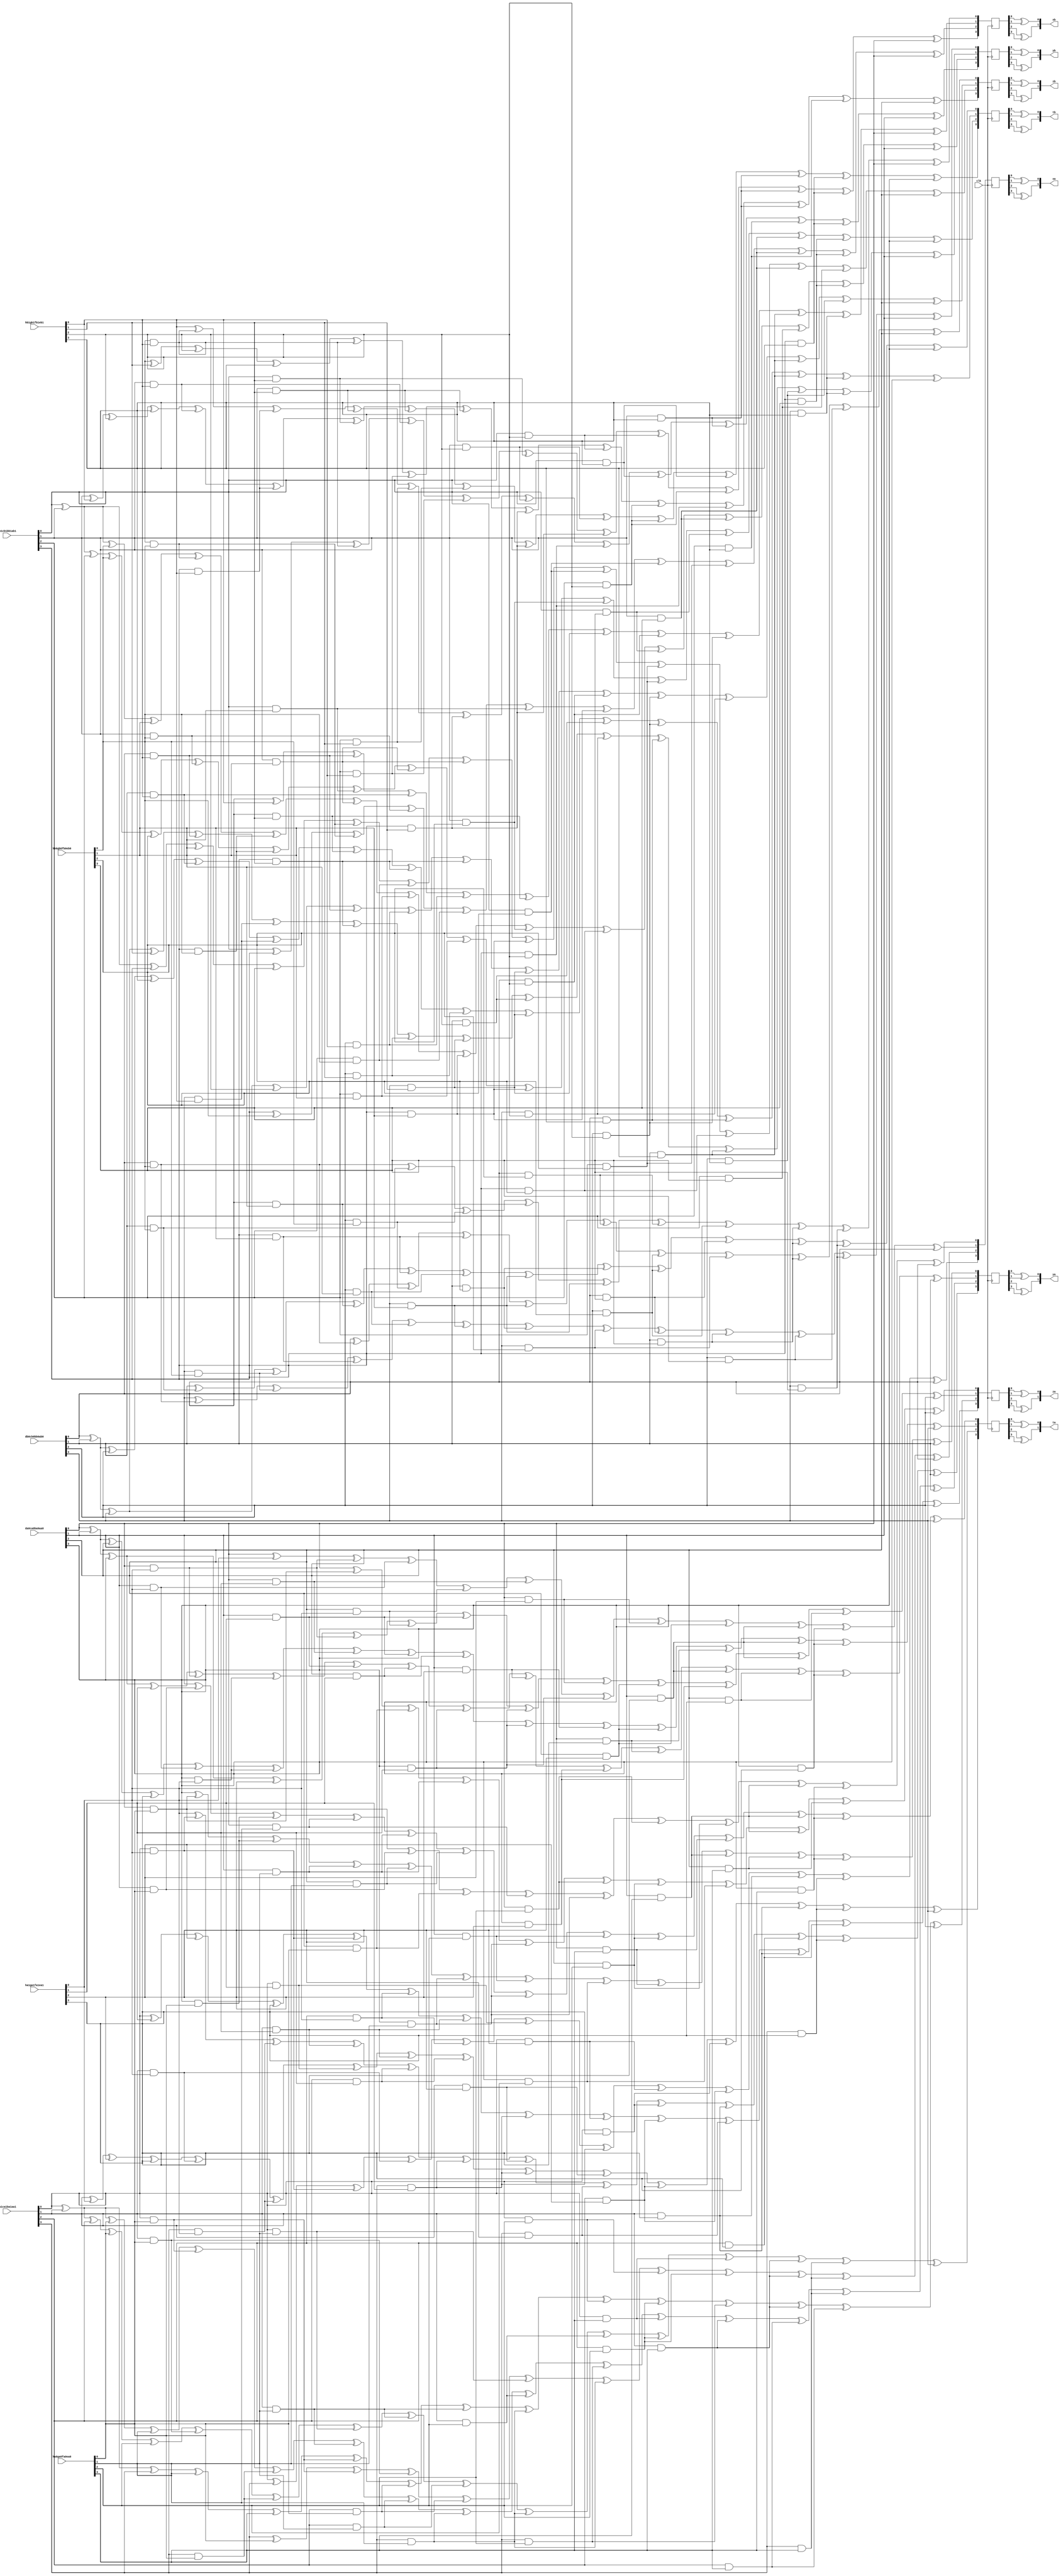
`timescale 1ns / 1ps
//////////////////////////////////////////////////////////////////////////////////
// Company: 
// Engineer: 
// 
// Design Name: 
// Module Name:    GF16MulXorSqSc_Unit 
// Project Name: 
// Target Devices: 
// Tool versions: 
// Description: 
//
// Dependencies: 
//
// Revision: 
// Revision 0.01 - File Created
// Additional Comments: 
//
//////////////////////////////////////////////////////////////////////////////////
module GF16MulXorSqSc_Unit(
	input				clk,
	
	// SboxA;
	input	[03:00]		ha0ga0fa0ea0,
	input	[03:00]		ha1ga1fa1ea1,
	
	input	[03:00]		da0ca0ba0aa0,
	input	[03:00]		da1ca1ba1aa1,
	
	output	[01:00]		xa,
	output	[01:00]		ya,
	output	[01:00]		za,
	output	[01:00]		ta,
	
	// SboxB;
	input	[03:00]		hb0gb0fb0eb0,
	input	[03:00]		hb1gb1fb1eb1,
	
	input	[03:00]		db0cb0bb0ab0,
	input	[03:00]		db1cb1bb1ab1,
	
	output	[01:00]		xb,
	output	[01:00]		yb,
	output	[01:00]		zb,
	output	[01:00]		tb
    );
	
	//// intermediate;
	// SboxA;
	wire				ha0, ha1;
	wire				ga0, ga1;
	wire				fa0, fa1;
	wire				ea0, ea1;
	
	wire				da0, da1;
	wire				ca0, ca1;
	wire				ba0, ba1;
	wire				aa0, aa1;
	
	wire				aa0ea0, aa0ea1, aa1ea0, aa1ea1;
	wire				aa0fa0, aa0fa1, aa1fa0, aa1fa1;
	wire				aa0ga0, aa0ga1, aa1ga0, aa1ga1;
	wire				aa0ha0, aa0ha1, aa1ha0, aa1ha1;
	
	wire 				ba0ea0, ba0ea1, ba1ea0, ba1ea1;
	wire 				ba0fa0, ba0fa1, ba1fa0, ba1fa1;
	wire 				ba0ga0, ba0ga1, ba1ga0, ba1ga1;
	wire				ba0ha0, ba0ha1, ba1ha0, ba1ha1;
	
	
	wire				ca0ea0, ca0ea1, ca1ea0, ca1ea1;
	wire				ca0fa0, ca0fa1, ca1fa0, ca1fa1;
	wire				ca0ga0, ca0ga1, ca1ga0, ca1ga1;
	wire				ca0ha0, ca0ha1, ca1ha0, ca1ha1;
	
	wire				da0ea0, da0ea1, da1ea0, da1ea1;
	wire				da0fa0, da0fa1, da1fa0, da1fa1;
	wire				da0ga0, da0ga1, da1ga0, da1ga1;
	wire				da0ha0, da0ha1, da1ha0, da1ha1;
	
	reg		[03:00]		xa_r;
	reg		[03:00]		ya_r;
	reg		[03:00]		za_r;
	reg		[03:00]		ta_r;
	
	// SboxB;
	wire				hb0, hb1;
	wire				gb0, gb1;
	wire				fb0, fb1;
	wire				eb0, eb1;
	
	wire				db0, db1;
	wire				cb0, cb1;
	wire				bb0, bb1;
	wire				ab0, ab1;
	
	wire				ab0eb0, ab0eb1, ab1eb0, ab1eb1;
	wire				ab0fb0, ab0fb1, ab1fb0, ab1fb1;
	wire				ab0gb0, ab0gb1, ab1gb0, ab1gb1;
	wire				ab0hb0, ab0hb1, ab1hb0, ab1hb1;
	
	wire 				bb0eb0, bb0eb1, bb1eb0, bb1eb1;
	wire 				bb0fb0, bb0fb1, bb1fb0, bb1fb1;
	wire 				bb0gb0, bb0gb1, bb1gb0, bb1gb1;
	wire				bb0hb0, bb0hb1, bb1hb0, bb1hb1;
	
	
	wire				cb0eb0, cb0eb1, cb1eb0, cb1eb1;
	wire				cb0fb0, cb0fb1, cb1fb0, cb1fb1;
	wire				cb0gb0, cb0gb1, cb1gb0, cb1gb1;
	wire				cb0hb0, cb0hb1, cb1hb0, cb1hb1;
	
	wire				db0eb0, db0eb1, db1eb0, db1eb1;
	wire				db0fb0, db0fb1, db1fb0, db1fb1;
	wire				db0gb0, db0gb1, db1gb0, db1gb1;
	wire				db0hb0, db0hb1, db1hb0, db1hb1;
	
	reg		[03:00]		xb_r;
	reg		[03:00]		yb_r;
	reg		[03:00]		zb_r;
	reg		[03:00]		tb_r;
	
	// SboxA assign;
	assign ha0 = ha0ga0fa0ea0[3];
	assign ga0 = ha0ga0fa0ea0[2];
	assign fa0 = ha0ga0fa0ea0[1];
	assign ea0 = ha0ga0fa0ea0[0];
	
	assign da0 = da0ca0ba0aa0[3];
	assign ca0 = da0ca0ba0aa0[2];
	assign ba0 = da0ca0ba0aa0[1];
	assign aa0 = da0ca0ba0aa0[0];
	
	assign ha1 = ha1ga1fa1ea1[3];
	assign ga1 = ha1ga1fa1ea1[2];
	assign fa1 = ha1ga1fa1ea1[1];
	assign ea1 = ha1ga1fa1ea1[0];
	
	assign da1 = da1ca1ba1aa1[3];
	assign ca1 = da1ca1ba1aa1[2];
	assign ba1 = da1ca1ba1aa1[1];
	assign aa1 = da1ca1ba1aa1[0];
	
	assign aa0ea0 = aa0 & ea0;
	assign aa0ea1 = aa0 & ea1;
	assign aa1ea0 = aa1 & ea0;
	assign aa1ea1 = aa1 & ea1;
	
	assign aa0fa0 = aa0 & fa0;
	assign aa0fa1 = aa0 & fa1;
	assign aa1fa0 = aa1 & fa0;
	assign aa1fa1 = aa1 & fa1;
	
	assign aa0ga0 = aa0 & ga0;
	assign aa0ga1 = aa0 & ga1;
	assign aa1ga0 = aa1 & ga0;
	assign aa1ga1 = aa1 & ga1;
	
	assign aa0ha0 = aa0 & ha0;
	assign aa0ha1 = aa0 & ha1;
	assign aa1ha0 = aa1 & ha0;
	assign aa1ha1 = aa1 & ha1;
	
	assign ba0ea0 = ba0 & ea0;
	assign ba0ea1 = ba0 & ea1;
	assign ba1ea0 = ba1 & ea0;
	assign ba1ea1 = ba1 & ea1;
	
	assign ba0fa0 = ba0 & fa0;
	assign ba0fa1 = ba0 & fa1;
	assign ba1fa0 = ba1 & fa0;
	assign ba1fa1 = ba1 & fa1;
	
	assign ba0ga0 = ba0 & ga0;
	assign ba0ga1 = ba0 & ga1;
	assign ba1ga0 = ba1 & ga0;
	assign ba1ga1 = ba1 & ga1;
	
	assign ba0ha0 = ba0 & ha0;
	assign ba0ha1 = ba0 & ha1;
	assign ba1ha0 = ba1 & ha0;
	assign ba1ha1 = ba1 & ha1;
	
	assign ca0ea0 = ca0 & ea0;
	assign ca0ea1 = ca0 & ea1;
	assign ca1ea0 = ca1 & ea0;
	assign ca1ea1 = ca1 & ea1;
	
	assign ca0fa0 = ca0 & fa0;
	assign ca0fa1 = ca0 & fa1;
	assign ca1fa0 = ca1 & fa0;
	assign ca1fa1 = ca1 & fa1;
	
	assign ca0ga0 = ca0 & ga0;
	assign ca0ga1 = ca0 & ga1;
	assign ca1ga0 = ca1 & ga0;
	assign ca1ga1 = ca1 & ga1;
	
	assign ca0ha0 = ca0 & ha0;
	assign ca0ha1 = ca0 & ha1;
	assign ca1ha0 = ca1 & ha0;
	assign ca1ha1 = ca1 & ha1;
	
	assign da0ea0 = da0 & ea0;
	assign da0ea1 = da0 & ea1;
	assign da1ea0 = da1 & ea0;
	assign da1ea1 = da1 & ea1;
	
	assign da0fa0 = da0 & fa0;
	assign da0fa1 = da0 & fa1;
	assign da1fa0 = da1 & fa0;
	assign da1fa1 = da1 & fa1;
	
	assign da0ga0 = da0 & ga0;
	assign da0ga1 = da0 & ga1;
	assign da1ga0 = da1 & ga0;
	assign da1ga1 = da1 & ga1;
	
	assign da0ha0 = da0 & ha0;
	assign da0ha1 = da0 & ha1;
	assign da1ha0 = da1 & ha0;
	assign da1ha1 = da1 & ha1;
	
	// SboxB assign;
	assign hb0 = hb0gb0fb0eb0[3];
	assign gb0 = hb0gb0fb0eb0[2];
	assign fb0 = hb0gb0fb0eb0[1];
	assign eb0 = hb0gb0fb0eb0[0];
	
	assign db0 = db0cb0bb0ab0[3];
	assign cb0 = db0cb0bb0ab0[2];
	assign bb0 = db0cb0bb0ab0[1];
	assign ab0 = db0cb0bb0ab0[0];
	
	assign hb1 = hb1gb1fb1eb1[3];
	assign gb1 = hb1gb1fb1eb1[2];
	assign fb1 = hb1gb1fb1eb1[1];
	assign eb1 = hb1gb1fb1eb1[0];
	
	assign db1 = db1cb1bb1ab1[3];
	assign cb1 = db1cb1bb1ab1[2];
	assign bb1 = db1cb1bb1ab1[1];
	assign ab1 = db1cb1bb1ab1[0];
	
	assign ab0eb0 = ab0 & eb0;
	assign ab0eb1 = ab0 & eb1;
	assign ab1eb0 = ab1 & eb0;
	assign ab1eb1 = ab1 & eb1;
	
	assign ab0fb0 = ab0 & fb0;
	assign ab0fb1 = ab0 & fb1;
	assign ab1fb0 = ab1 & fb0;
	assign ab1fb1 = ab1 & fb1;
	
	assign ab0gb0 = ab0 & gb0;
	assign ab0gb1 = ab0 & gb1;
	assign ab1gb0 = ab1 & gb0;
	assign ab1gb1 = ab1 & gb1;
	
	assign ab0hb0 = ab0 & hb0;
	assign ab0hb1 = ab0 & hb1;
	assign ab1hb0 = ab1 & hb0;
	assign ab1hb1 = ab1 & hb1;
	
	assign bb0eb0 = bb0 & eb0;
	assign bb0eb1 = bb0 & eb1;
	assign bb1eb0 = bb1 & eb0;
	assign bb1eb1 = bb1 & eb1;
	
	assign bb0fb0 = bb0 & fb0;
	assign bb0fb1 = bb0 & fb1;
	assign bb1fb0 = bb1 & fb0;
	assign bb1fb1 = bb1 & fb1;
	
	assign bb0gb0 = bb0 & gb0;
	assign bb0gb1 = bb0 & gb1;
	assign bb1gb0 = bb1 & gb0;
	assign bb1gb1 = bb1 & gb1;
	
	assign bb0hb0 = bb0 & hb0;
	assign bb0hb1 = bb0 & hb1;
	assign bb1hb0 = bb1 & hb0;
	assign bb1hb1 = bb1 & hb1;
	
	assign cb0eb0 = cb0 & eb0;
	assign cb0eb1 = cb0 & eb1;
	assign cb1eb0 = cb1 & eb0;
	assign cb1eb1 = cb1 & eb1;
	
	assign cb0fb0 = cb0 & fb0;
	assign cb0fb1 = cb0 & fb1;
	assign cb1fb0 = cb1 & fb0;
	assign cb1fb1 = cb1 & fb1;
	
	assign cb0gb0 = cb0 & gb0;
	assign cb0gb1 = cb0 & gb1;
	assign cb1gb0 = cb1 & gb0;
	assign cb1gb1 = cb1 & gb1;
	
	assign cb0hb0 = cb0 & hb0;
	assign cb0hb1 = cb0 & hb1;
	assign cb1hb0 = cb1 & hb0;
	assign cb1hb1 = cb1 & hb1;
	
	assign db0eb0 = db0 & eb0;
	assign db0eb1 = db0 & eb1;
	assign db1eb0 = db1 & eb0;
	assign db1eb1 = db1 & eb1;
	
	assign db0fb0 = db0 & fb0;
	assign db0fb1 = db0 & fb1;
	assign db1fb0 = db1 & fb0;
	assign db1fb1 = db1 & fb1;
	
	assign db0gb0 = db0 & gb0;
	assign db0gb1 = db0 & gb1;
	assign db1gb0 = db1 & gb0;
	assign db1gb1 = db1 & gb1;
	
	assign db0hb0 = db0 & hb0;
	assign db0hb1 = db0 & hb1;
	assign db1hb0 = db1 & hb0;
	assign db1hb1 = db1 & hb1;
	
	//// SboxA Masking Scheme;
	// xa_r;
	always @(posedge clk)
	begin 
		xa_r[0] <=			   aa0ea0 ^ ba0ea0 ^ ca0ea0 ^ aa0fa0 ^ da0fa0 ^ aa0ga0 ^ ca0ga0 ^ ba0ha0 ^ da0ha0 ^ ab0;
		xa_r[1] <= aa0 ^ ea1 ^ aa0ea1 ^ ba0ea1 ^ ca0ea1 ^ aa0fa1 ^ da0fa1 ^ aa0ga1 ^ ca0ga1 ^ ba0ha1 ^ da0ha1 ^ ab0;
		xa_r[2] <= da1 ^ ea0 ^ aa1ea0 ^ ba1ea0 ^ ca1ea0 ^ aa1fa0 ^ da1fa0 ^ aa1ga0 ^ ca1ga0 ^ ba1ha0 ^ da1ha0 ^ ab0;
		xa_r[3] <= aa1 ^ da1 ^ aa1ea1 ^ ba1ea1 ^ ca1ea1 ^ aa1fa1 ^ da1fa1 ^ aa1ga1 ^ ca1ga1 ^ ba1ha1 ^ da1ha1 ^ ab0;
	end
	
	// ya_r;
	always @(posedge clk)
	begin
		ya_r[0] =			  da0	    ^ aa0ea0 ^ da0ea0 ^ ba0fa0 ^ ca0fa0 ^ da0fa0 ^ ba0ga0 ^ da0ga0 ^ aa0ha0 ^ ba0ha0 ^ ca0ha0 ^ da0ha0 ^ bb0;
		ya_r[1] = aa0 ^ ba0 ^ da0 ^ fa1 ^ aa0ea1 ^ da0ea1 ^ ba0fa1 ^ ca0fa1 ^ da0fa1 ^ ba0ga1 ^ da0ga1 ^ aa0ha1 ^ ba0ha1 ^ ca0ha1 ^ da0ha1 ^ bb0;
		ya_r[2] = aa1 ^ ba1	^ ea0 ^ fa0 ^ aa1ea0 ^ da1ea0 ^ ba1fa0 ^ ca1fa0 ^ da1fa0 ^ ba1ga0 ^ da1ga0 ^ aa1ha0 ^ ba1ha0 ^ ca1ha0 ^ da1ha0 ^ bb0;
		ya_r[3] =			  ea1       ^ aa1ea1 ^ da1ea1 ^ ba1fa1 ^ ca1fa1 ^ da1fa1 ^ ba1ga1 ^ da1ga1 ^ aa1ha1 ^ ba1ha1 ^ ca1ha1 ^ da1ha1 ^ bb0;
	end
	
	// za_r;
	always @(posedge clk)
	begin
		za_r[0] <= aa0						   ^ aa0ea0 ^ ca0ea0 ^ ba0fa0 ^ da0fa0 ^ aa0ga0 ^ ca0ga0 ^ da0ga0 ^ ba0ha0 ^ ca0ha0 ^ cb0;
		za_r[1] <= aa0 ^ ba0 ^ da0       ^ ga1 ^ aa0ea1 ^ ca0ea1 ^ ba0fa1 ^ da0fa1 ^ aa0ga1 ^ ca0ga1 ^ da0ga1 ^ ba0ha1 ^ ca0ha1 ^ cb0;
		za_r[2] <= aa1 ^ ba1 ^ da1 ^ fa0 ^ ha0 ^ aa1ea0 ^ ca1ea0 ^ ba1fa0 ^ da1fa0 ^ aa1ga0 ^ ca1ga0 ^ da1ga0 ^ ba1ha0 ^ ca1ha0 ^ cb0;
		za_r[3] <= aa1       ^ fa1 ^ ga1 ^ ha1 ^ aa1ea1 ^ ca1ea1 ^ ba1fa1 ^ da1fa1 ^ aa1ga1 ^ ca1ga1 ^ da1ga1 ^ ba1ha1 ^ ca1ha1 ^ cb0;
	end
	
	// ta_r;
	always @(posedge clk)
	begin
		ta_r[0] <=		 ba0				   ^ ba0ea0 ^ da0ea0 ^ aa0fa0 ^ ba0fa0 ^ ca0fa0 ^ da0fa0 ^ ba0ga0 ^ ca0ga0 ^ aa0ha0 ^ ba0ha0 ^ da0ha0 ^ db0;
		ta_r[1] <= aa0 ^ ba0 ^ ca0		 ^ ha1 ^ ba0ea1 ^ da0ea1 ^ aa0fa1 ^ ba0fa1 ^ ca0fa1 ^ da0fa1 ^ ba0ga1 ^ ca0ga1 ^ aa0ha1 ^ ba0ha1 ^ da0ha1 ^ db0;
		ta_r[2] <= aa1 ^ ba1 ^ ca1 ^ ea0 ^ ga0 ^ ba1ea0 ^ da1ea0 ^ aa1fa0 ^ ba1fa0 ^ ca1fa0 ^ da1fa0 ^ ba1ga0 ^ ca1ga0 ^ aa1ha0 ^ ba1ha0 ^ da1ha0 ^ db0;
		ta_r[3] <=       ba1 ^ ea1 ^ ga1 ^ ha1 ^ ba1ea1 ^ da1ea1 ^ aa1fa1 ^ ba1fa1 ^ ca1fa1 ^ da1fa1 ^ ba1ga1 ^ ca1ga1 ^ aa1ha1 ^ ba1ha1 ^ da1ha1 ^ db0;	
	end
	
	//// SboxB Masking Scheme;
	// xb_r;
	always @(posedge clk)
	begin 
		xb_r[0] <=			   ab0eb0 ^ bb0eb0 ^ cb0eb0 ^ ab0fb0 ^ db0fb0 ^ ab0gb0 ^ cb0gb0 ^ bb0hb0 ^ db0hb0 ^ aa0;
		xb_r[1] <= ab0 ^ eb1 ^ ab0eb1 ^ bb0eb1 ^ cb0eb1 ^ ab0fb1 ^ db0fb1 ^ ab0gb1 ^ cb0gb1 ^ bb0hb1 ^ db0hb1 ^ aa0;
		xb_r[2] <= db1 ^ eb0 ^ ab1eb0 ^ bb1eb0 ^ cb1eb0 ^ ab1fb0 ^ db1fb0 ^ ab1gb0 ^ cb1gb0 ^ bb1hb0 ^ db1hb0 ^ aa0;
		xb_r[3] <= ab1 ^ db1 ^ ab1eb1 ^ bb1eb1 ^ cb1eb1 ^ ab1fb1 ^ db1fb1 ^ ab1gb1 ^ cb1gb1 ^ bb1hb1 ^ db1hb1 ^ aa0;
	end
	
	// yb_r;
	always @(posedge clk)
	begin
		yb_r[0] =			  db0	    ^ ab0eb0 ^ db0eb0 ^ bb0fb0 ^ cb0fb0 ^ db0fb0 ^ bb0gb0 ^ db0gb0 ^ ab0hb0 ^ bb0hb0 ^ cb0hb0 ^ db0hb0 ^ ba0;
		yb_r[1] = ab0 ^ bb0 ^ db0 ^ fb1 ^ ab0eb1 ^ db0eb1 ^ bb0fb1 ^ cb0fb1 ^ db0fb1 ^ bb0gb1 ^ db0gb1 ^ ab0hb1 ^ bb0hb1 ^ cb0hb1 ^ db0hb1 ^ ba0;
		yb_r[2] = ab1 ^ bb1	^ eb0 ^ fb0 ^ ab1eb0 ^ db1eb0 ^ bb1fb0 ^ cb1fb0 ^ db1fb0 ^ bb1gb0 ^ db1gb0 ^ ab1hb0 ^ bb1hb0 ^ cb1hb0 ^ db1hb0 ^ ba0;
		yb_r[3] =			  eb1       ^ ab1eb1 ^ db1eb1 ^ bb1fb1 ^ cb1fb1 ^ db1fb1 ^ bb1gb1 ^ db1gb1 ^ ab1hb1 ^ bb1hb1 ^ cb1hb1 ^ db1hb1 ^ ba0;
	end
	
	// zb_r;
	always @(posedge clk)
	begin
		zb_r[0] <= ab0						   ^ ab0eb0 ^ cb0eb0 ^ bb0fb0 ^ db0fb0 ^ ab0gb0 ^ cb0gb0 ^ db0gb0 ^ bb0hb0 ^ cb0hb0 ^ ca0;
		zb_r[1] <= ab0 ^ bb0 ^ db0       ^ gb1 ^ ab0eb1 ^ cb0eb1 ^ bb0fb1 ^ db0fb1 ^ ab0gb1 ^ cb0gb1 ^ db0gb1 ^ bb0hb1 ^ cb0hb1 ^ ca0;
		zb_r[2] <= ab1 ^ bb1 ^ db1 ^ fb0 ^ hb0 ^ ab1eb0 ^ cb1eb0 ^ bb1fb0 ^ db1fb0 ^ ab1gb0 ^ cb1gb0 ^ db1gb0 ^ bb1hb0 ^ cb1hb0 ^ ca0;
		zb_r[3] <= ab1       ^ fb1 ^ gb1 ^ hb1 ^ ab1eb1 ^ cb1eb1 ^ bb1fb1 ^ db1fb1 ^ ab1gb1 ^ cb1gb1 ^ db1gb1 ^ bb1hb1 ^ cb1hb1 ^ ca0;
	end
	
	// tb_r;
	always @(posedge clk)
	begin
		tb_r[0] <=		 bb0				   ^ bb0eb0 ^ db0eb0 ^ ab0fb0 ^ bb0fb0 ^ cb0fb0 ^ db0fb0 ^ bb0gb0 ^ cb0gb0 ^ ab0hb0 ^ bb0hb0 ^ db0hb0 ^ da0;
		tb_r[1] <= ab0 ^ bb0 ^ cb0		 ^ hb1 ^ bb0eb1 ^ db0eb1 ^ ab0fb1 ^ bb0fb1 ^ cb0fb1 ^ db0fb1 ^ bb0gb1 ^ cb0gb1 ^ ab0hb1 ^ bb0hb1 ^ db0hb1 ^ da0;
		tb_r[2] <= ab1 ^ bb1 ^ cb1 ^ eb0 ^ gb0 ^ bb1eb0 ^ db1eb0 ^ ab1fb0 ^ bb1fb0 ^ cb1fb0 ^ db1fb0 ^ bb1gb0 ^ cb1gb0 ^ ab1hb0 ^ bb1hb0 ^ db1hb0 ^ da0;
		tb_r[3] <=       bb1 ^ eb1 ^ gb1 ^ hb1 ^ bb1eb1 ^ db1eb1 ^ ab1fb1 ^ bb1fb1 ^ cb1fb1 ^ db1fb1 ^ bb1gb1 ^ cb1gb1 ^ ab1hb1 ^ bb1hb1 ^ db1hb1 ^ da0;	
	end
	
	//// Output Assign;
	// SboxA;
	assign xa[0] = xa_r[0] ^ xa_r[1];
	assign xa[1] = xa_r[2] ^ xa_r[3];
	
	assign ya[0] = ya_r[0] ^ ya_r[1];
	assign ya[1] = ya_r[2] ^ ya_r[3];
	
	assign za[0] = za_r[0] ^ za_r[1];
	assign za[1] = za_r[2] ^ za_r[3];
	
	assign ta[0] = ta_r[0] ^ ta_r[1];
	assign ta[1] = ta_r[2] ^ ta_r[3];
	
	// SboxB;
	assign xb[0] = xb_r[0] ^ xb_r[1];
	assign xb[1] = xb_r[2] ^ xb_r[3];
	
	assign yb[0] = yb_r[0] ^ yb_r[1];
	assign yb[1] = yb_r[2] ^ yb_r[3];
	
	assign zb[0] = zb_r[0] ^ zb_r[1];
	assign zb[1] = zb_r[2] ^ zb_r[3];
	
	assign tb[0] = tb_r[0] ^ tb_r[1];
	assign tb[1] = tb_r[2] ^ tb_r[3];
	

endmodule